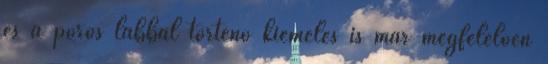
és a póros lábbal történő kiemelés is már megfelelően